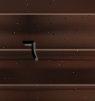
٦